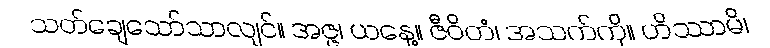
သတ်ချေသော်သာလျင်။ အဇ္ဇ၊ ယနေ့။ ဇီဝိတံ၊ အသက်ကို။ ဟိဿာမိ၊